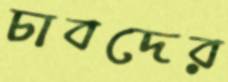
চাবদের